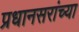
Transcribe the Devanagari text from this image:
प्रधानसरांच्या